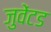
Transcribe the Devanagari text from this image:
जुवेंटड